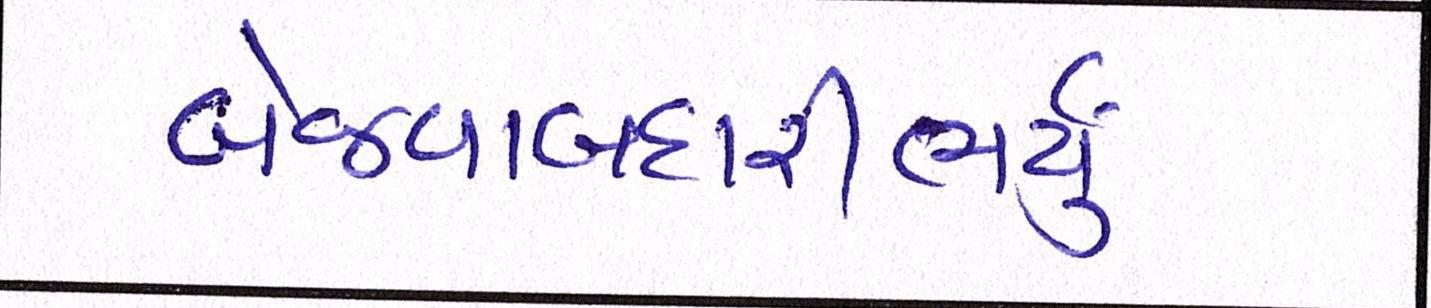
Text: બેજવાબદારીભર્યું